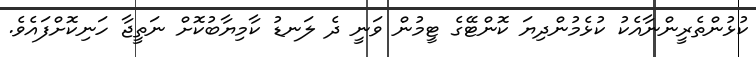
ކުޅުންތެރީންނާއެކު ކުޅެމުންދިޔަ ކޮންޓޭގެ ޓީމުން ވަނީ ދެ ލަނޑު ކާމިޔާބުކޮށް ނަތީޖާ ހަނިކޮށްފައެވެ.